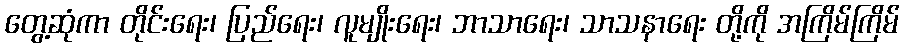
တွေ့ဆုံကာ တိုင်းရေး၊ ပြည်ရေး၊ လူမျိုးရေး၊ ဘာသာရေး၊ သာသနာရေး တို့ကို အကြိမ်ကြိမ်